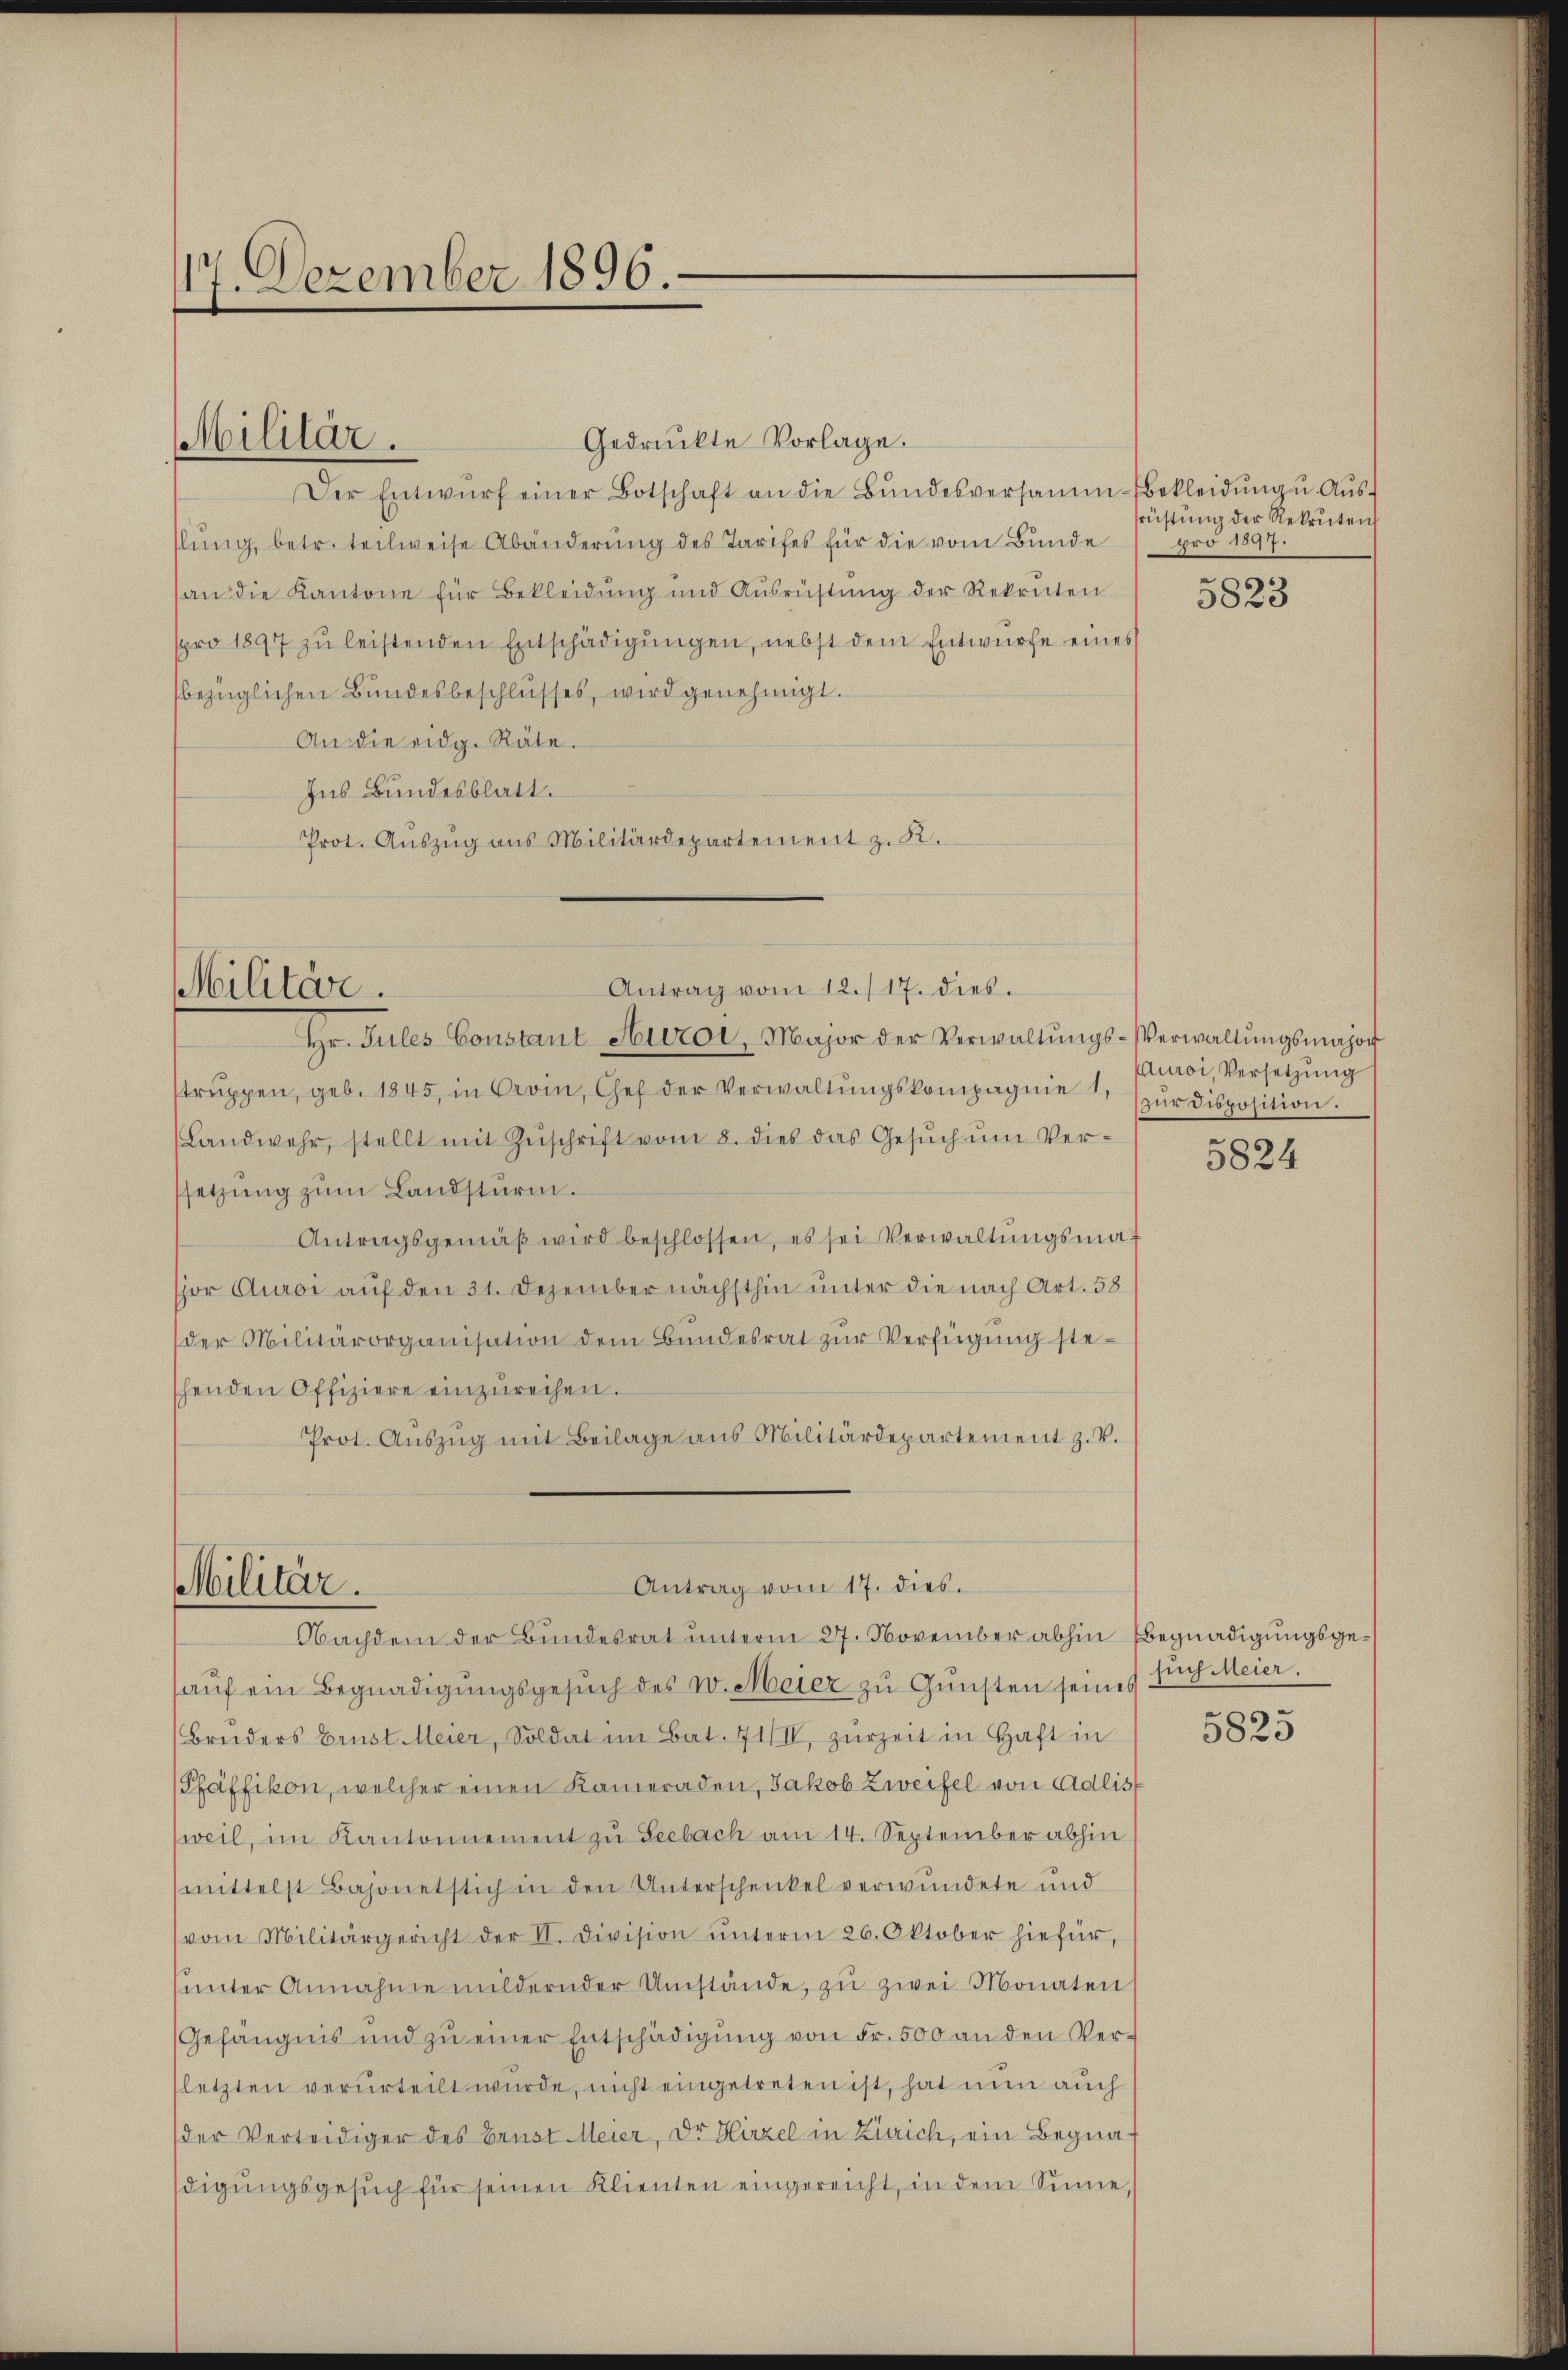
117. Dezember 1896.

Militär.

Gedrückte Vorlage.
Der Entwŭrf einer Botschaft an die Bŭndesversamm-bekleidŭng u. Aŭs-
slung, betr. teilweise Abänderung des Tarifes für die vom Bunde
an die Kantone für Bekleidŭng und Ausrüstŭng der Rekruten
spro 1897 zŭ leistenden Entschädigŭngen, nebst dem Entwürfe eines
bezüglichen Bundesbeschlŭsses, wird genehmigt.
An die eidg. Räte.
Ins Bundesblatt.
Prot. Aŭszŭg ans Militärdepartement z. B.

Antrag vom 12./17. dies
Militär.
Hr. Pules Constant Huroi, Major der Verwaltŭngs-Verwaltŭngsmajor

Militär.

Antrag vom 17. dies.
Nachdem der Bundesrat unterm 27. November abhin Begnadigungsge¬

trŭppen, geb. 1845, in Broin, Gef der Verwaltŭngskompagnie 1,
(Landwehr, stellt mit Zŭschrift vom 8. dies das Gesŭch ŭm Ver-
setzung zum Landsturm.
Antragsgemäβ wird beschlossen, es sei Verwaltŭngsmajor Auroi auf den 31. Dezember nächsthin unter die nach Art. 58
der Militärorganisation dem Bŭndesrat zŭr Verfügung stehenden Offiziere einzŭreihen.
Prot. Aŭszŭg mit Beilage ans Militärdepartement z. v.

früstung der Rekruten
pro 1897.

aŭf ein Begnadigŭngsgesŭch des w. Meier zŭ Gŭnsten seines
Bruders Brust Meier, Soldat im Bat. 71/II, zŭrzeit in Haft in
Pfäffikon, welcher einen Kameraden, Jakob Zweifel von Adlis
weil, im Kantonnement zu Seebach am 14. September abhin
mittelst Bajonetstich in den Unterschenkel verwundete und
vom Militärgericht der II. Division ŭnterm 26. Oktober hiefür,
ŭnter Annahme mildernder Umstände, zu zwei Monaten
Gefängnis und zŭ einer Entschädigung von Fr. 500 an den Verletzten verurteilt wurde, nicht eingetreten ist, hat nun auch
der Verteidiger des Brust Meier, Dr. Hirzel in Zürich, ein Begna
digŭngsgesŭch für seinen Klienten eingereicht, in dem Sinne,

5823

Auroi, Versetzung
zur Disposition.

5824

such Meier.

5825